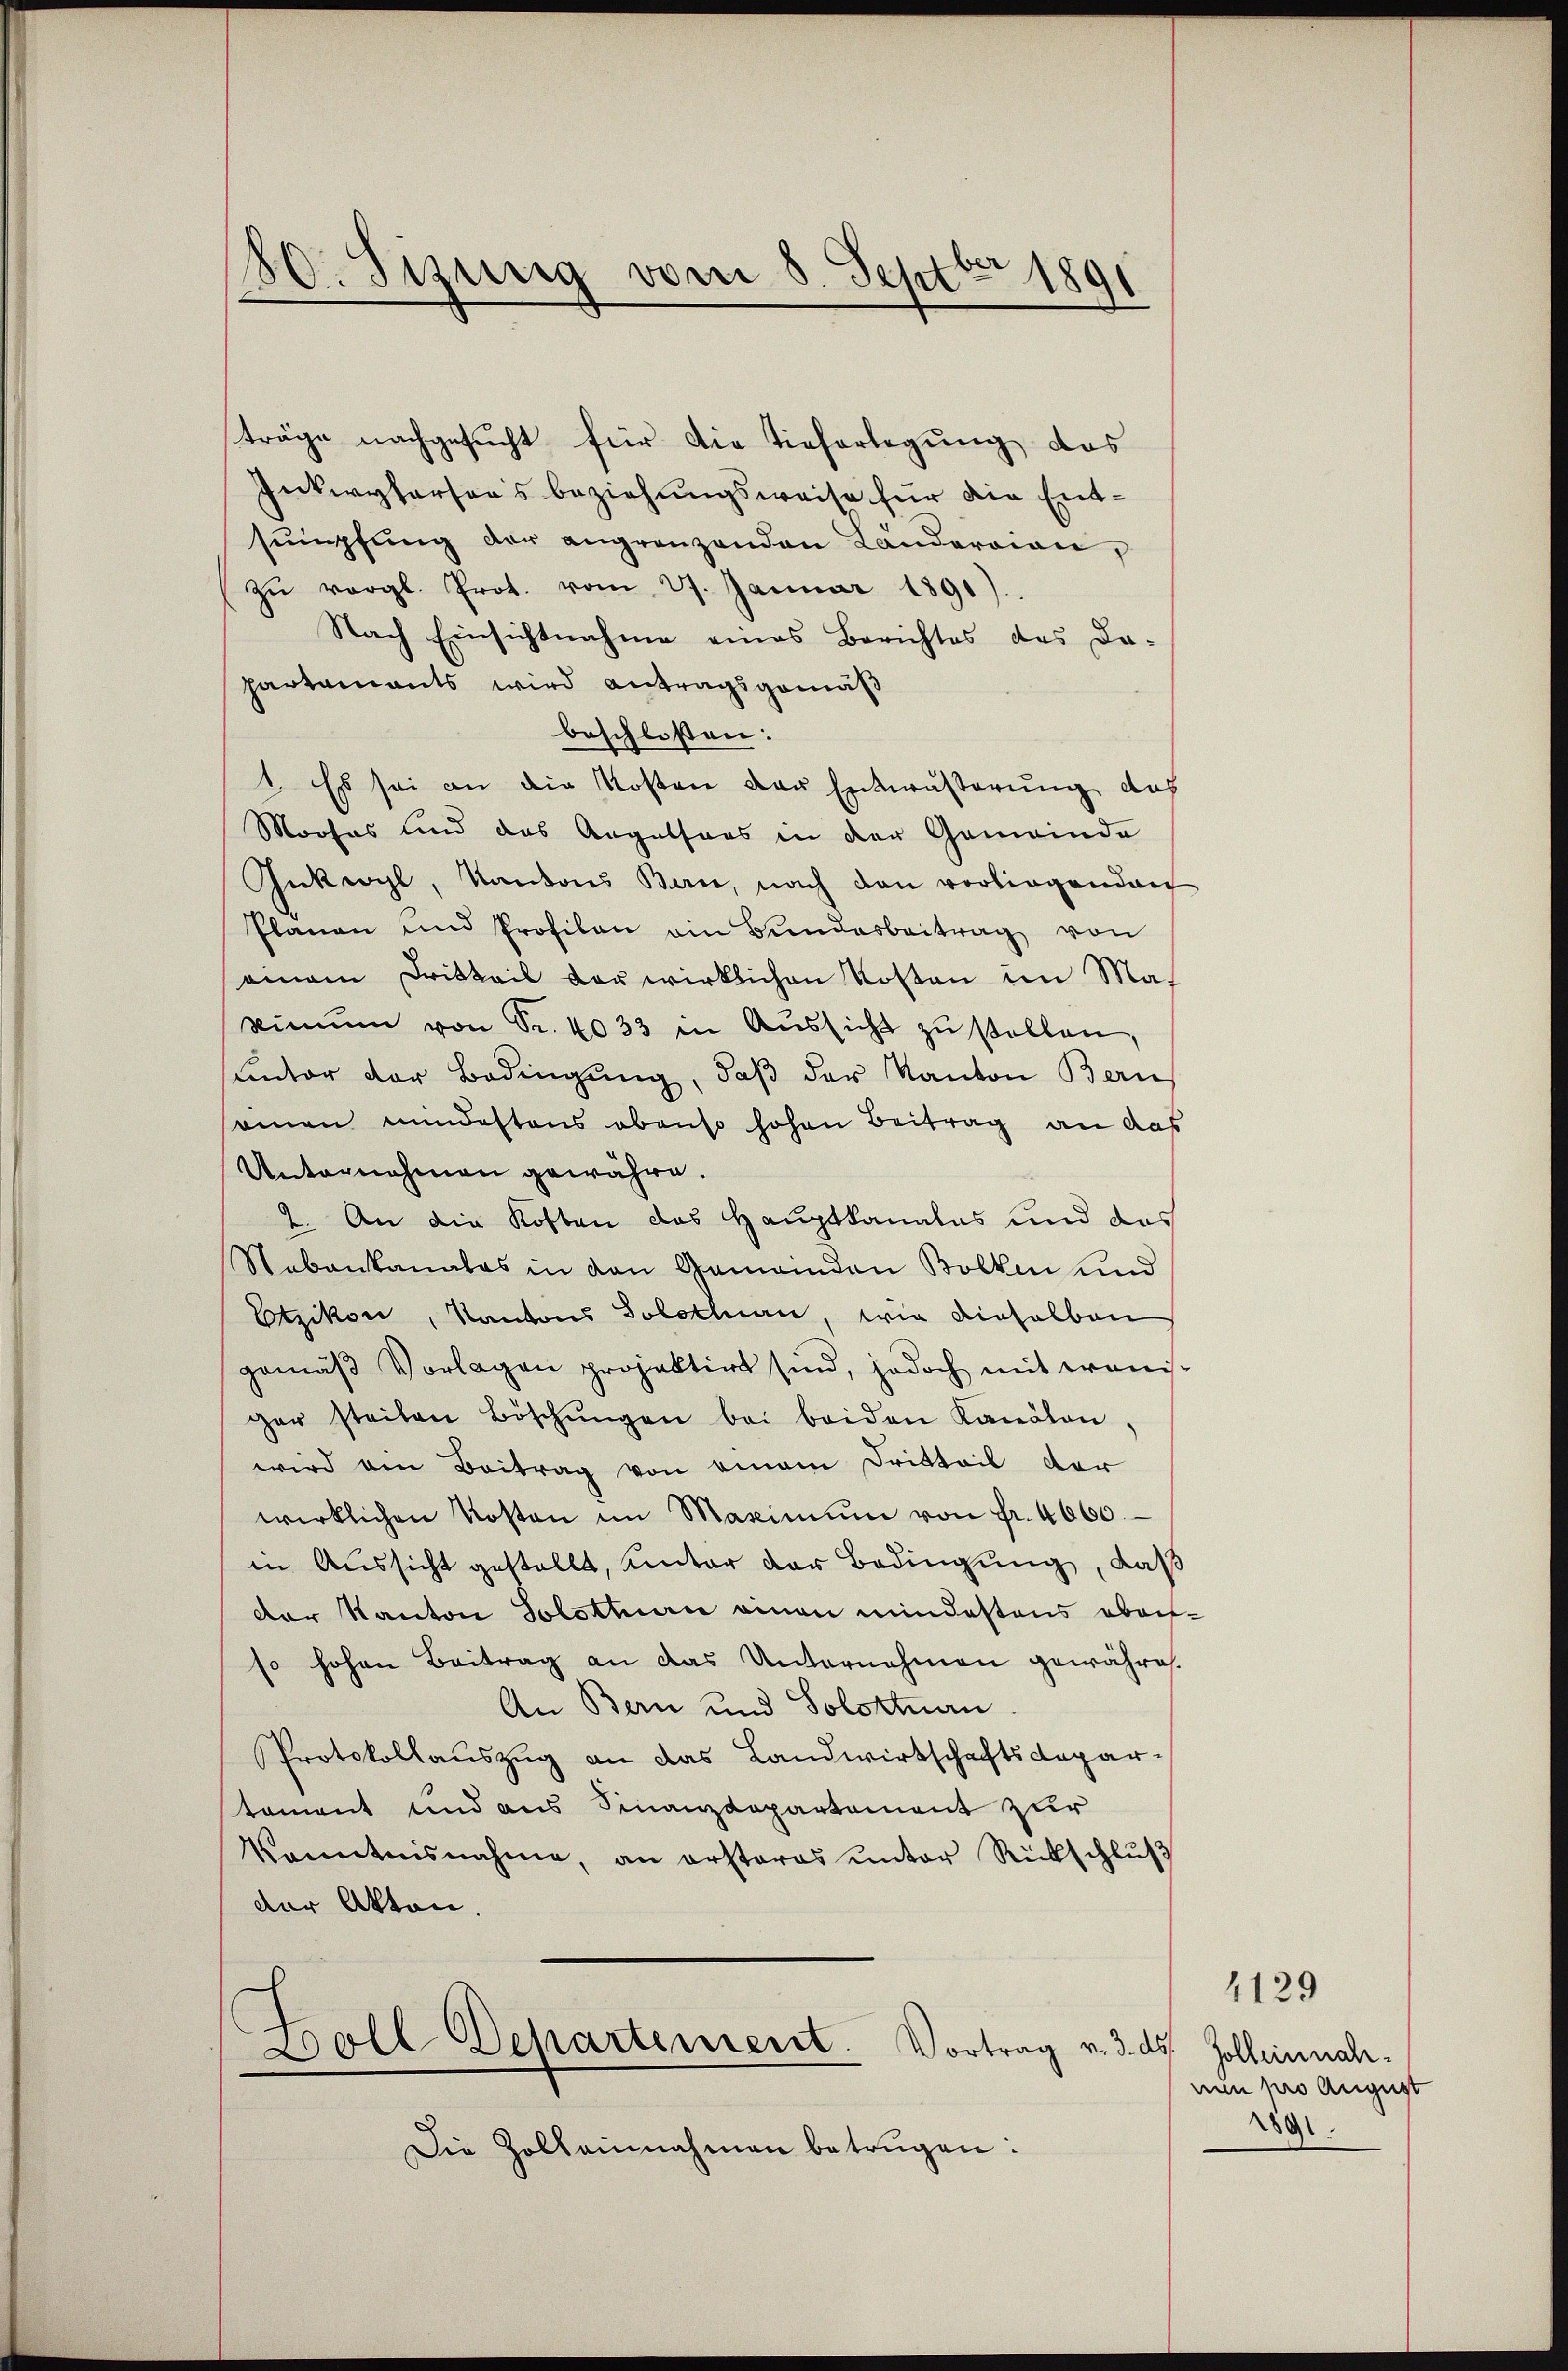
80. Sizung vom 8. Septbr 1891

träge nachgesucht für die Tieferlegung das
Inkwyfarsers beziehungsweise für die Entsŭmpfŭng der angrenzenden Länderowen,
zŭ vergl. Prot. vom 27. Januar 1891).
Nach Einsichtnahme eines Berichtes des Da-
partamants wird Antragsgemäß
beschlossen:
1. Es sei an die Kosten der Entwässerung doch
Moofas und das Angelsors in der Gemeinde
Inkwyl, Kantons Bern, nach den vorliegenden
Planen und Profilan ein Bundesbeitrag von
einem Dritteil vor wirklichen Kosten im Makimŭm von Sr. 4033 in Aŭssicht zŭ stellen,
unter der Bedingung, daß der Kanton Bern
samen mindestens obenso hohen Beitrag an das
Unternehmen gewähre.
2. An die Kosten das Hauptkanales und das
Nebenkanales in den Gemeinden Bolken und
Etzikon, Kantons Solothur, wie dieselben
gemäß Vorlagen projektirt sind, jedoch mit wenisger steilen Böschŭngen bei beiden Kanalon,
wird am Beitrag von einem Dritteil der
wirklichen Kosten im Maximŭm von fr. 4000.
in Aussicht gestellt, unter der Bedingung, daß
der Kanton Solottuari einen mindestens aber-
so hohen Beitrag an das Unternehmen gewähre.
An Bern und Solottuan
Protokollauszug an das Landwirtschaftsdepartament und aus Finanzdepartement zur
kanntnisnahme, an ersteras ŭnter Rückschlŭβ
der Akten.
Boll Departement. Vortrag v. 3. ds.
Die Zolleinnahmen betrügen:

4129
solleinnahnen pro August
2891